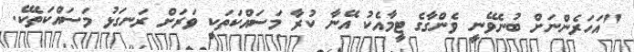
"އަހަރެންނަށް ބުނެވޭނީ ވެންގާގެ ޓީމާއެކު އޭނާ ކުރާ މަސައްކަތަކީ ވަރަށް ރަނގަޅު މަސައްކަތެކޭ.